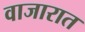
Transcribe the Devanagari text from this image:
वाजारात